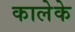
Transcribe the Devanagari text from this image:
कालेके